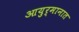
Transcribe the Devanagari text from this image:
आयुर्मानात